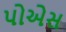
પોએસ